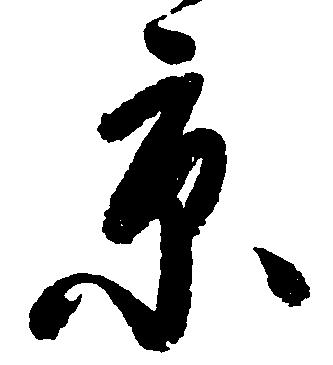
京